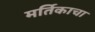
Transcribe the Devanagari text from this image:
मर्तिकाचा